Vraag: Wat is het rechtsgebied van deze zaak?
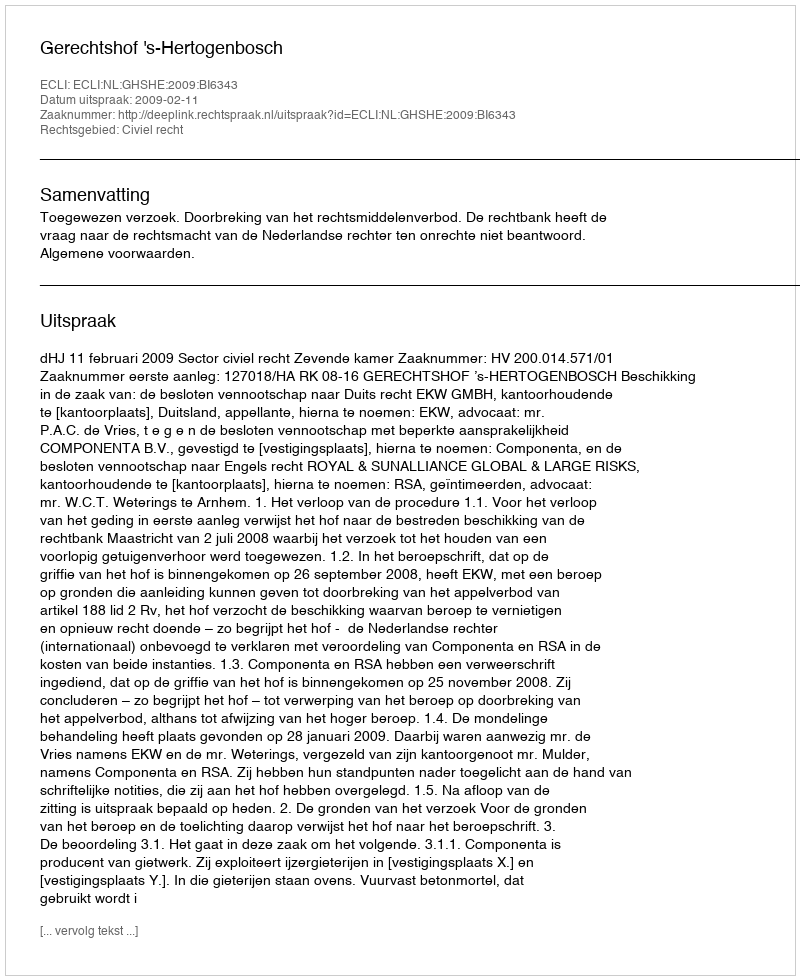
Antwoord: Civiel recht